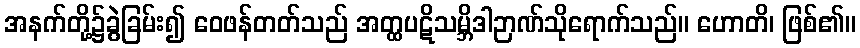
အနက်တို့၌ခွဲခြမ်း၍ ဝေဖန်တတ်သည် အတ္ထပဋိသမ္ဘိဒါဉာဏ်သိုရောက်သည်။ ဟောတိ၊ ဖြစ်၏။